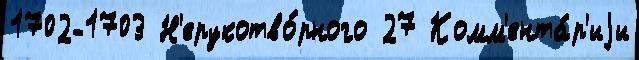
1702-1703 Н'ерукотво́рного 27 Комм'ента́р'иjи